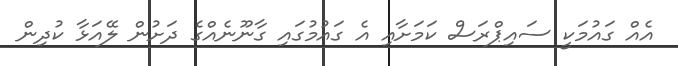
އެއް ގައުމަކީ ސައިޕްރަސް ކަމަށާއި އެ ގައުމުގައި ގާނޫނެއްގެ ދަށުން ލޭއަޅާ ކުދިން